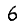
Digit: 6